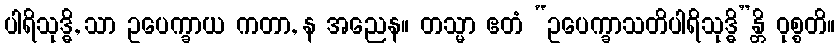
ပါရိသုဒ္ဓိ, သာ ဥပေက္ခာယ ကတာ, န အညေန။ တသ္မာ ဧတံ “ဥပေက္ခာသတိပါရိသုဒ္ဓိ”န္တိ ဝုစ္စတိ။